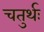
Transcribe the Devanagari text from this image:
चतुर्थः